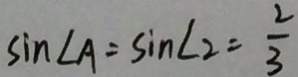
\sin \angle A = \sin \angle 2 = \frac { 2 } { 3 }